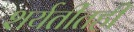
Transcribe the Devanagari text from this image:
शर्यतीतही